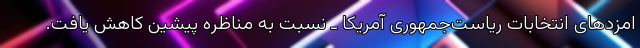
امزدهای انتخابات ریاست‌جمهوری آمریکا ـ نسبت به مناظره پیشین کاهش یافت.